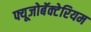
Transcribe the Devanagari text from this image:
फ्यूजोबॅक्टेरियम